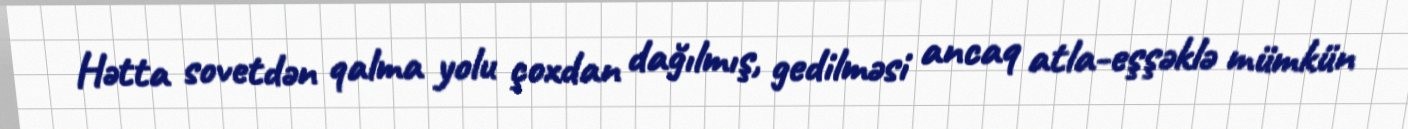
Hətta sovetdən qalma yolu çoxdan dağılmış, gedilməsi ancaq atla-eşşəklə mümkün